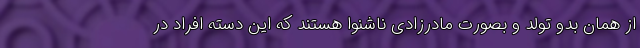
از همان بدو تولد و بصورت مادرزادی ناشنوا هستند که این دسته افراد در